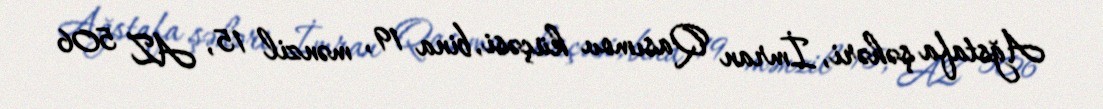
Ağstafa şəhəri, İmran Qasımov küçəsi, bina 19, mənzil 15, AZ 506